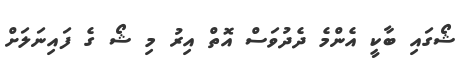
ޝޯގައި ބާކީ އެންމެ ދެދުވަސް އޮތް އިރު މި ޝޯ ގެ ފައިނަލަށް